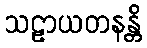
သဠာယတနန္တိ